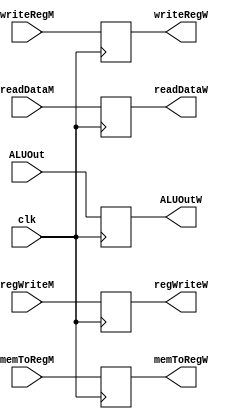
module memToWBReg(regWriteM,
                   memToRegM,
                   readDataM,
                   ALUOut,
                   writeRegM,
                   regWriteW,
                   memToRegW,
                   readDataW,
                   ALUOutW,
                   writeRegW,
                   clk);
    input clk, regWriteM, memToRegM;
    input [4:0] writeRegM;
    input [31:0] readDataM, ALUOut;
    output reg regWriteW, memToRegW;
    output reg [4:0] writeRegW;
    output reg [31:0] readDataW, ALUOutW;
    
    always@(negedge clk) begin
        
        regWriteW <= regWriteM;
        memToRegW <= memToRegM;
        writeRegW <= writeRegM;
        readDataW <= readDataM;
        ALUOutW   <= ALUOut;
    end
    
endmodule